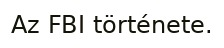
Az FBI története.